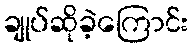
ချုပ်ဆိုခဲ့ကြောင်း